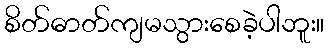
စိတ်ဓာတ်ကျမသွားစေခဲ့ပါဘူး။